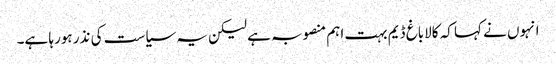
انہوں نے کہا کہ کالاباغ ڈیم بہت اہم منصوبہ ہے لیکن یہ سیاست کی نذر ہورہا ہے۔